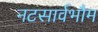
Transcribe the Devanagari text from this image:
नटसार्वभौम